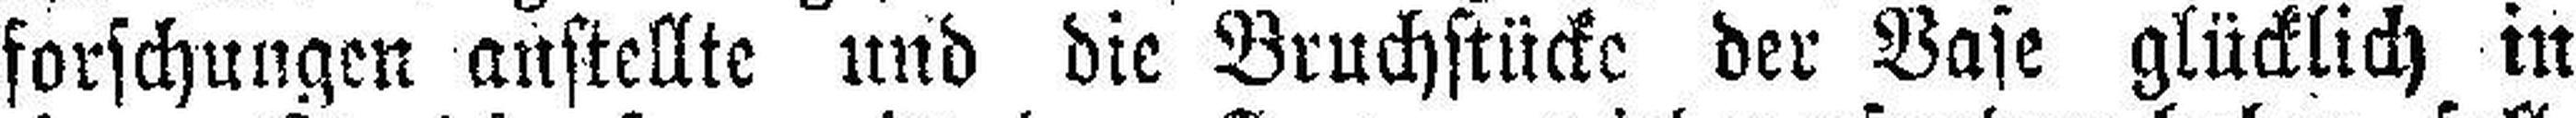
forschungen anstellte und die Bruchstücke der Vase glücklich in